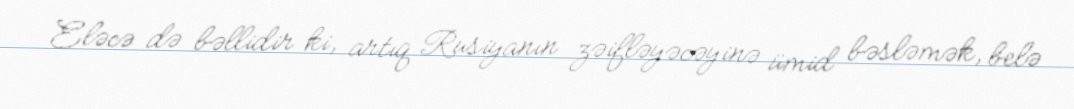
Eləcə də bəllidir ki, artıq Rusiyanın zəifləyəcəyinə ümid bəsləmək, belə